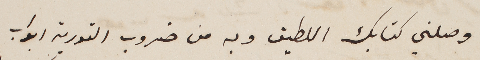
وصلني كتابك اللطيف وبه من ضروب التورية ابواب